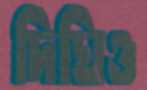
দিঘিও